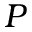
P